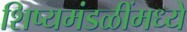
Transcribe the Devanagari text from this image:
शिष्यमंडळींमध्ये